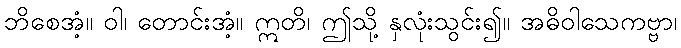
ဘိစေအံ့။ ဝါ၊ တောင်းအံ့။ ဣတိ၊ ဤသို့ နှလုံးသွင်း၍။ အဓိဝါသေကဗ္ဗာ၊